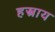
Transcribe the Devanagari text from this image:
हस्त्राय